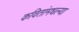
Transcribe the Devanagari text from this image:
कवितांमधल्या